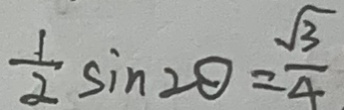
\frac { 1 } { 2 } \sin 2 \theta = \frac { \sqrt { 3 } } { 4 }